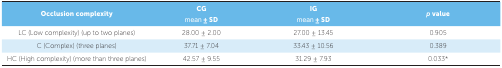
<table><thead><tr><td><b>Occlusion complexity</b></td><td><b>CG mean ± SD</b></td><td><b>IG mean ± SD</b></td><td><b><i>p</i> value</b></td></tr></thead><tbody><tr><td>LC (Low complexity) (up to twoplanes)</td><td>28.00 ± 2.00</td><td>27.00 ± 13.45</td><td>0.905</td></tr><tr><td>C (Complex) (three planes)</td><td>37.71 ± 7.04</td><td>33.43 ± 10.56</td><td>0.389</td></tr><tr><td>HC (High complexity) (more thanthree planes)</td><td>42.57 ± 9.55</td><td>31.29 ± 7.93</td><td>0.033*</td></tr></tbody></table>